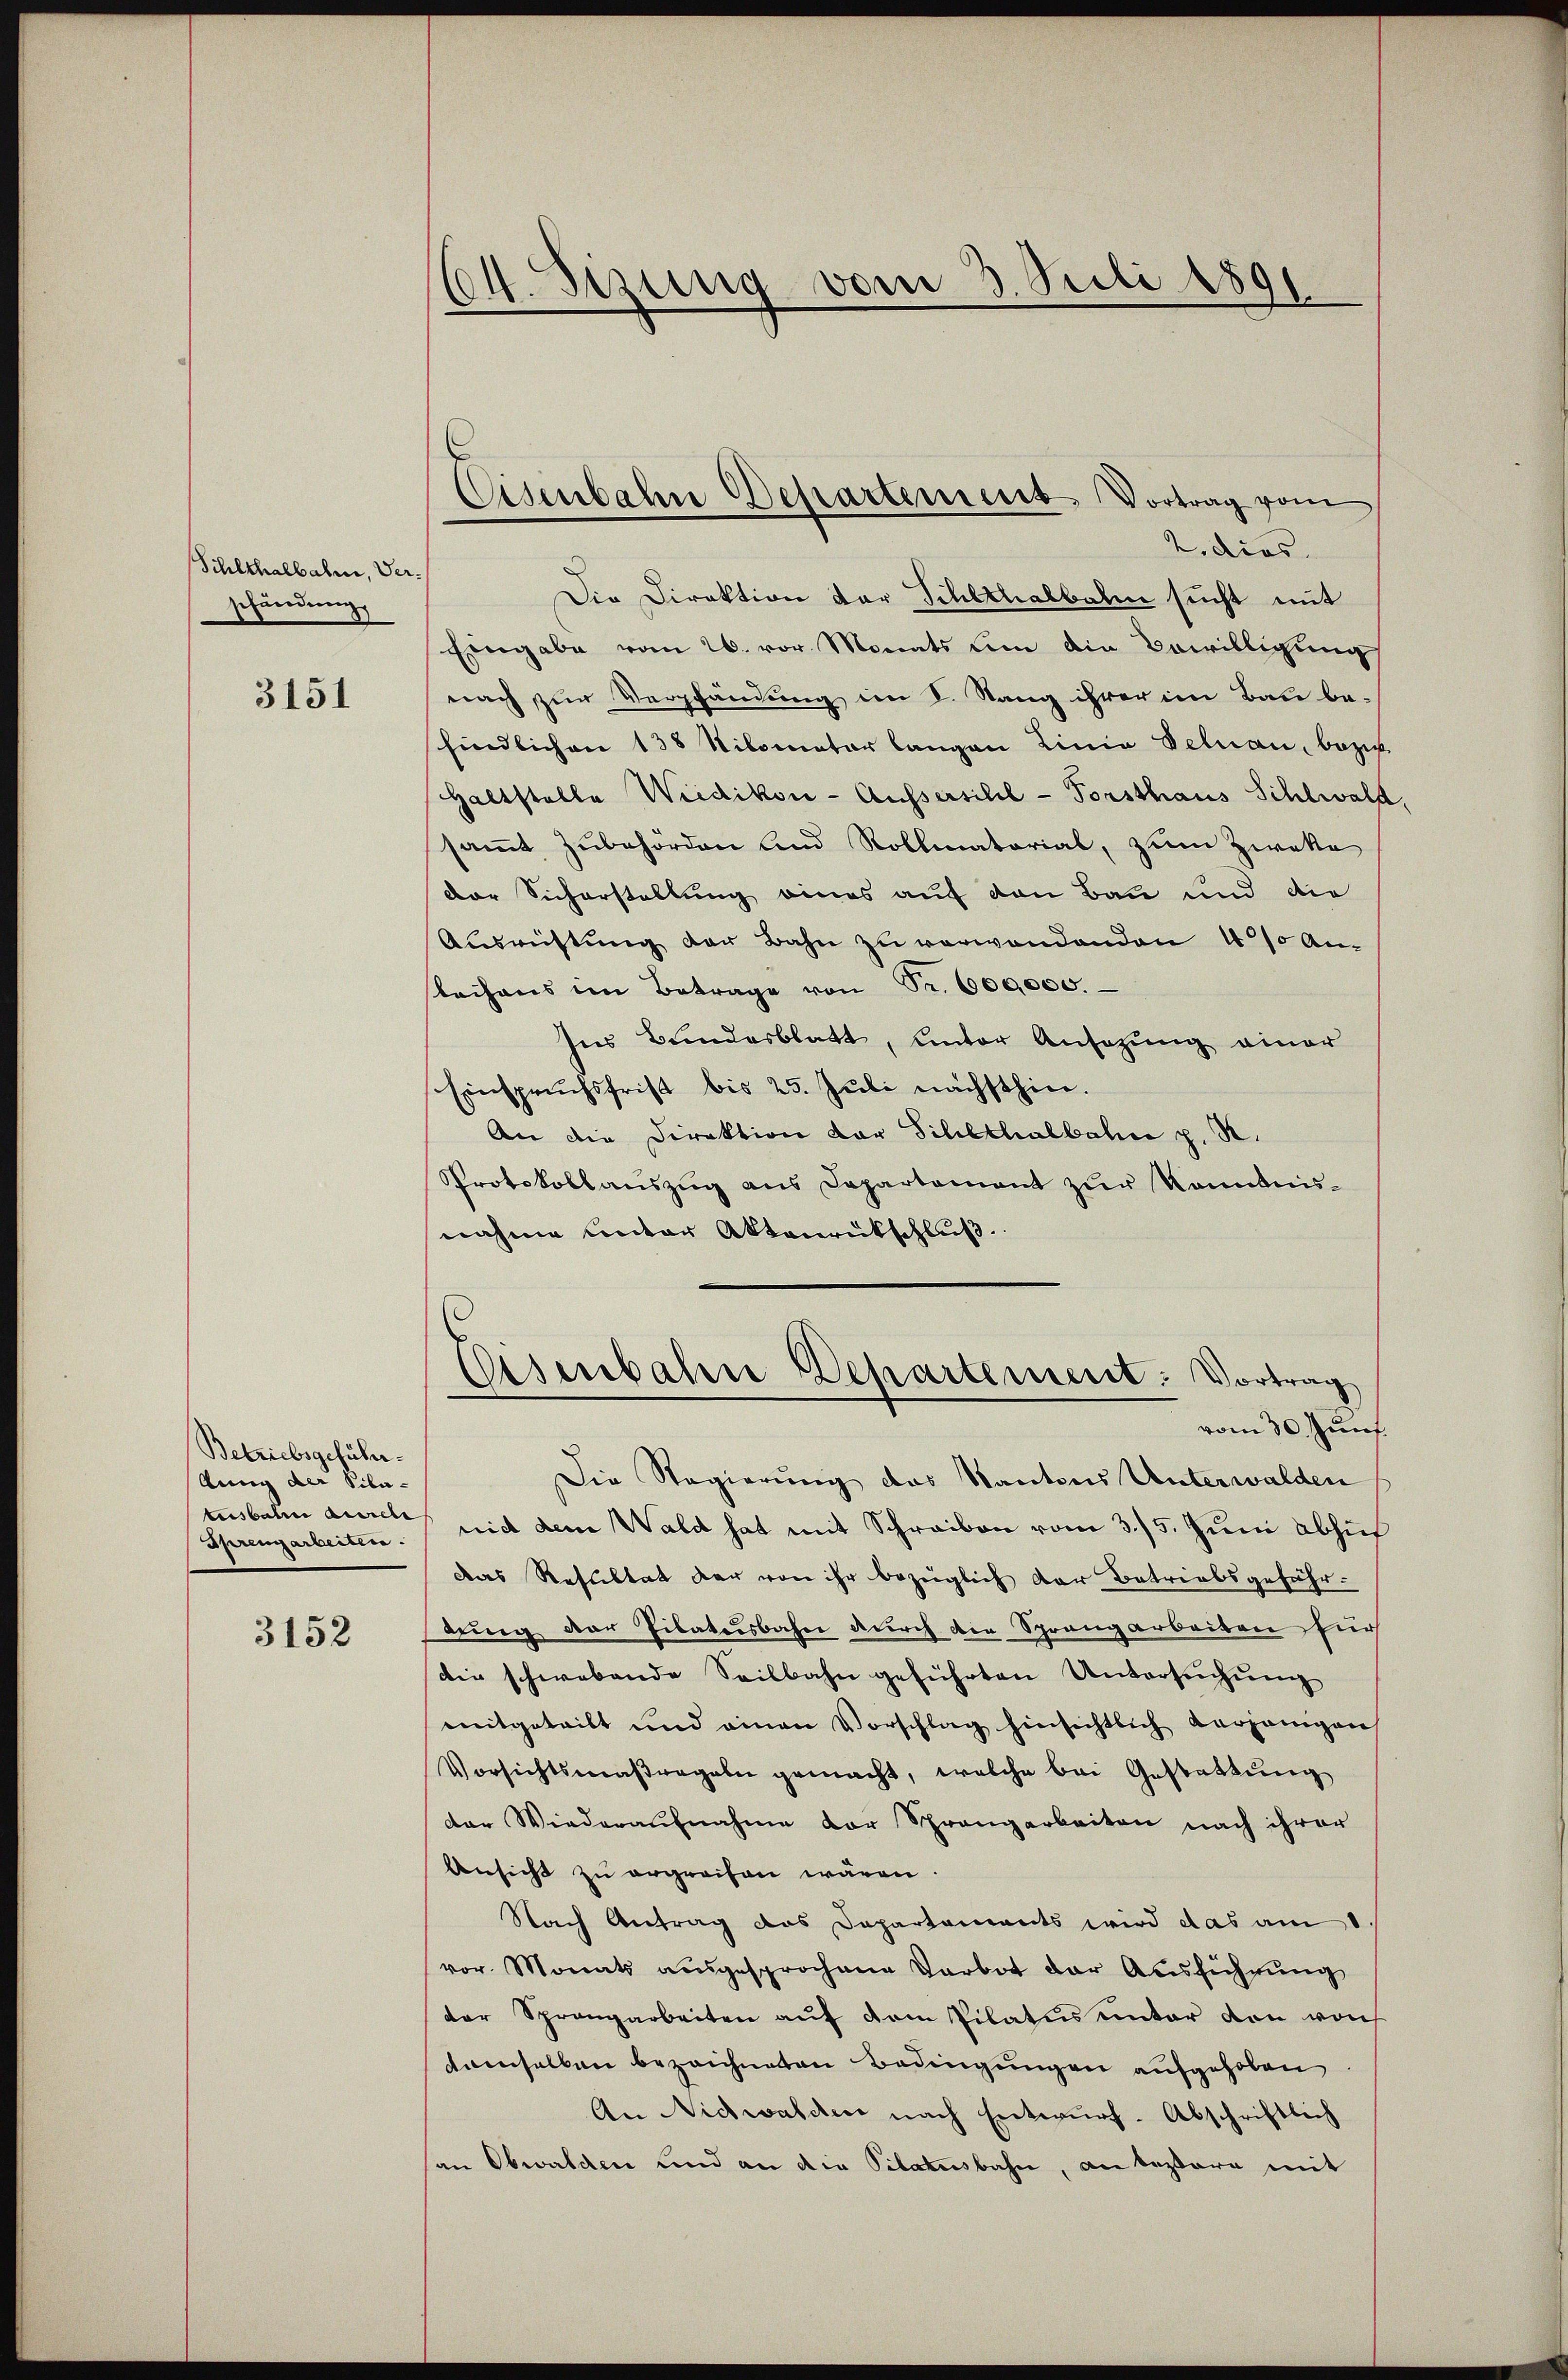
Sihlthalbahne, Verschändung

3151

Betriebsgeführlung der Pila¬
Sprengarbeiten.

3152

Die Direktion der Schlthalbahn sucht mit
Eingabe vom 26. vor Monats um die Bewilligung
nach zur Verpfändung im V. Sang ihrer im Bau be-
findlichen 138 Nilomater langen Linia Felnau, bezi
Haltstelle Wiedikon - Ausserschil-Forsthaus Sihlwald.
samt Zubehörden und Rollmatorial, zum Zweke
der Sicherstellung eines auf den Bau und die
Aŭsweistŭng der Bahn zu verwandenden 40% an-
sleihens im Betrage von Fr. 600,000.
Ins Bundesblatt, unter Ansazung einer
Einspruchsfrist bis 25. Juli nächsthin.
An die Direktion der Schlthalbahn p. R.
Protokollaŭszŭg ans Departement zŭr Kenntnis-
nahme unter Aktenrückschluß.

604. Sizung vom 3. Juli 1891

Eisenbahn Departement, Vortrag vom
2. dies

Eisenbahne Departement: Vortrag
vom 30. Zunf

Die Regierung das Kantons Unterwalden
tusbaum auch mit dem Wald hat mit Schreiben vom 3./5. Juni abhuf
Das Resultat der von ihr bezüglich der Betriebsgefährdung der Tibatusbahn durch die Sprangarbeiten für
die schwebende Seitbahn geführten Untersuchung
mitgeteilt und einen Vorschlag hinsichtlich verjenigen
Vorsichtsmaßregeln gemacht, welche bei Gestattung
der Wiederaufnahme der Sprangarbeiten nach ihrer
Ansicht zu ergreifen wären.
Nach Antrag das Departements wird das am
vor. Monats ausgesprochene Darbot der Ausführung
der Sprangarbeiten auf dem Pilatus unter den von
damselben bezeichneten Bedingungen aufgehoben.
An Nidwalden nach Entwurf-Abschriftlich
an Obwalden und an die Pilatusbahn, an bezara mit